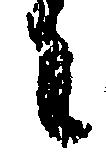
々